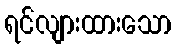
ရင်လျားထားသော